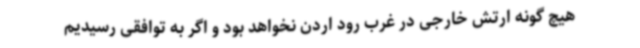
هیچ گونه ارتش خارجی در غرب رود اردن نخواهد بود و اگر به توافقی رسیدیم